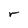
Character: r